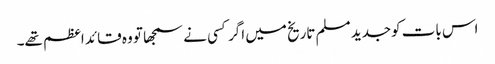
اس بات کوجدید مسلم تاریخ میں اگر کسی نے سمجھا تو وہ قائد اعظم تھے۔